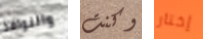
والنوافذ وكنت إختار